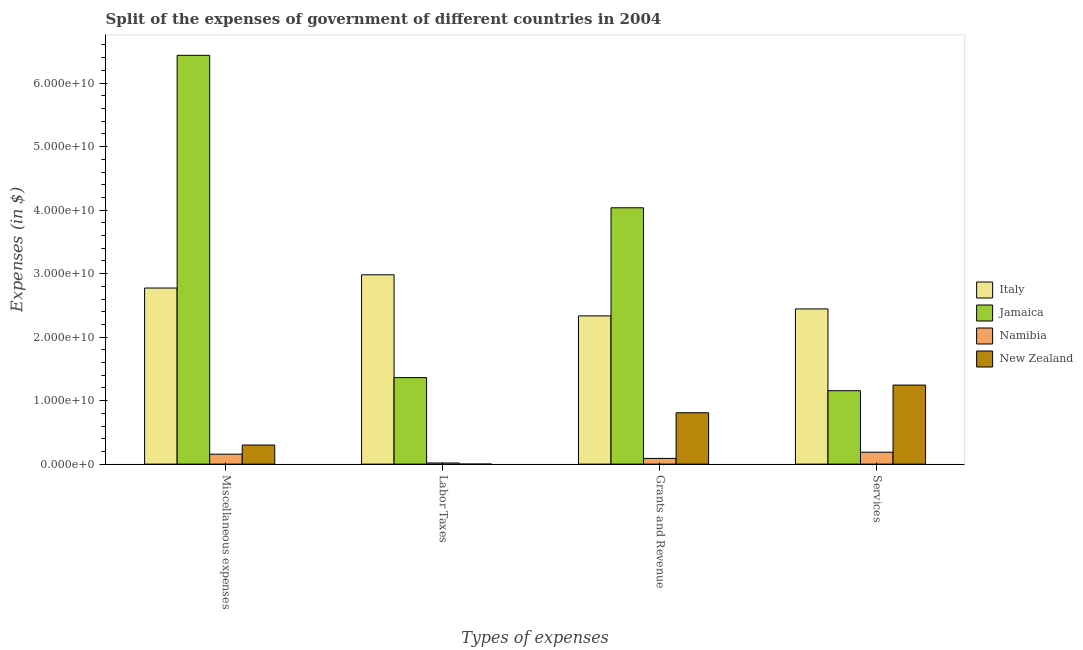
| Types of expenses | Italy | Jamaica | Namibia | New Zealand |
 | --- | --- | --- | --- | --- |
 | Miscellaneous expenses | 2.77e+10 | 6.44e+10 | 1.56e+09 | 3e+09 |
 | Labor Taxes | 2.98e+10 | 1.36e+10 | 1.8e+08 | 2.35e+06 |
 | Grants and Revenue | 2.33e+10 | 4.04e+10 | 8.97e+08 | 8.09e+09 |
 | Services | 2.44e+10 | 1.16e+10 | 1.87e+09 | 1.24e+10 |